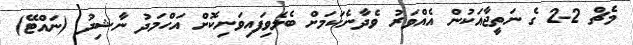
މެޗް 2-2 ގެ ނަތީޖާއަކުން އެއްވަރު ވެދާނެކަމަށް ބެލެވިފައިވަނިކޮށް އަހްމަދު ނާޝިދު (ނައްޓޭ)